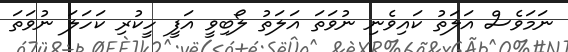
ނަމަވެސް އަލަތު ކައިވެނި ނުވަތަ އަލަތު ލޯބިވީ އަފީ ހީކުރި ކަހަލަ ނުވަތަ